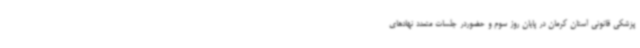
پزشکی قانونی استان کرمان در پایان روز سوم و حضوردر جلسات متعدد نهادهای